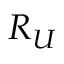
R _ { U }